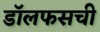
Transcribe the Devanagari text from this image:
डॉलफसची